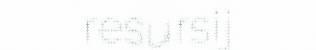
resursij